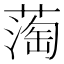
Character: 𬞇